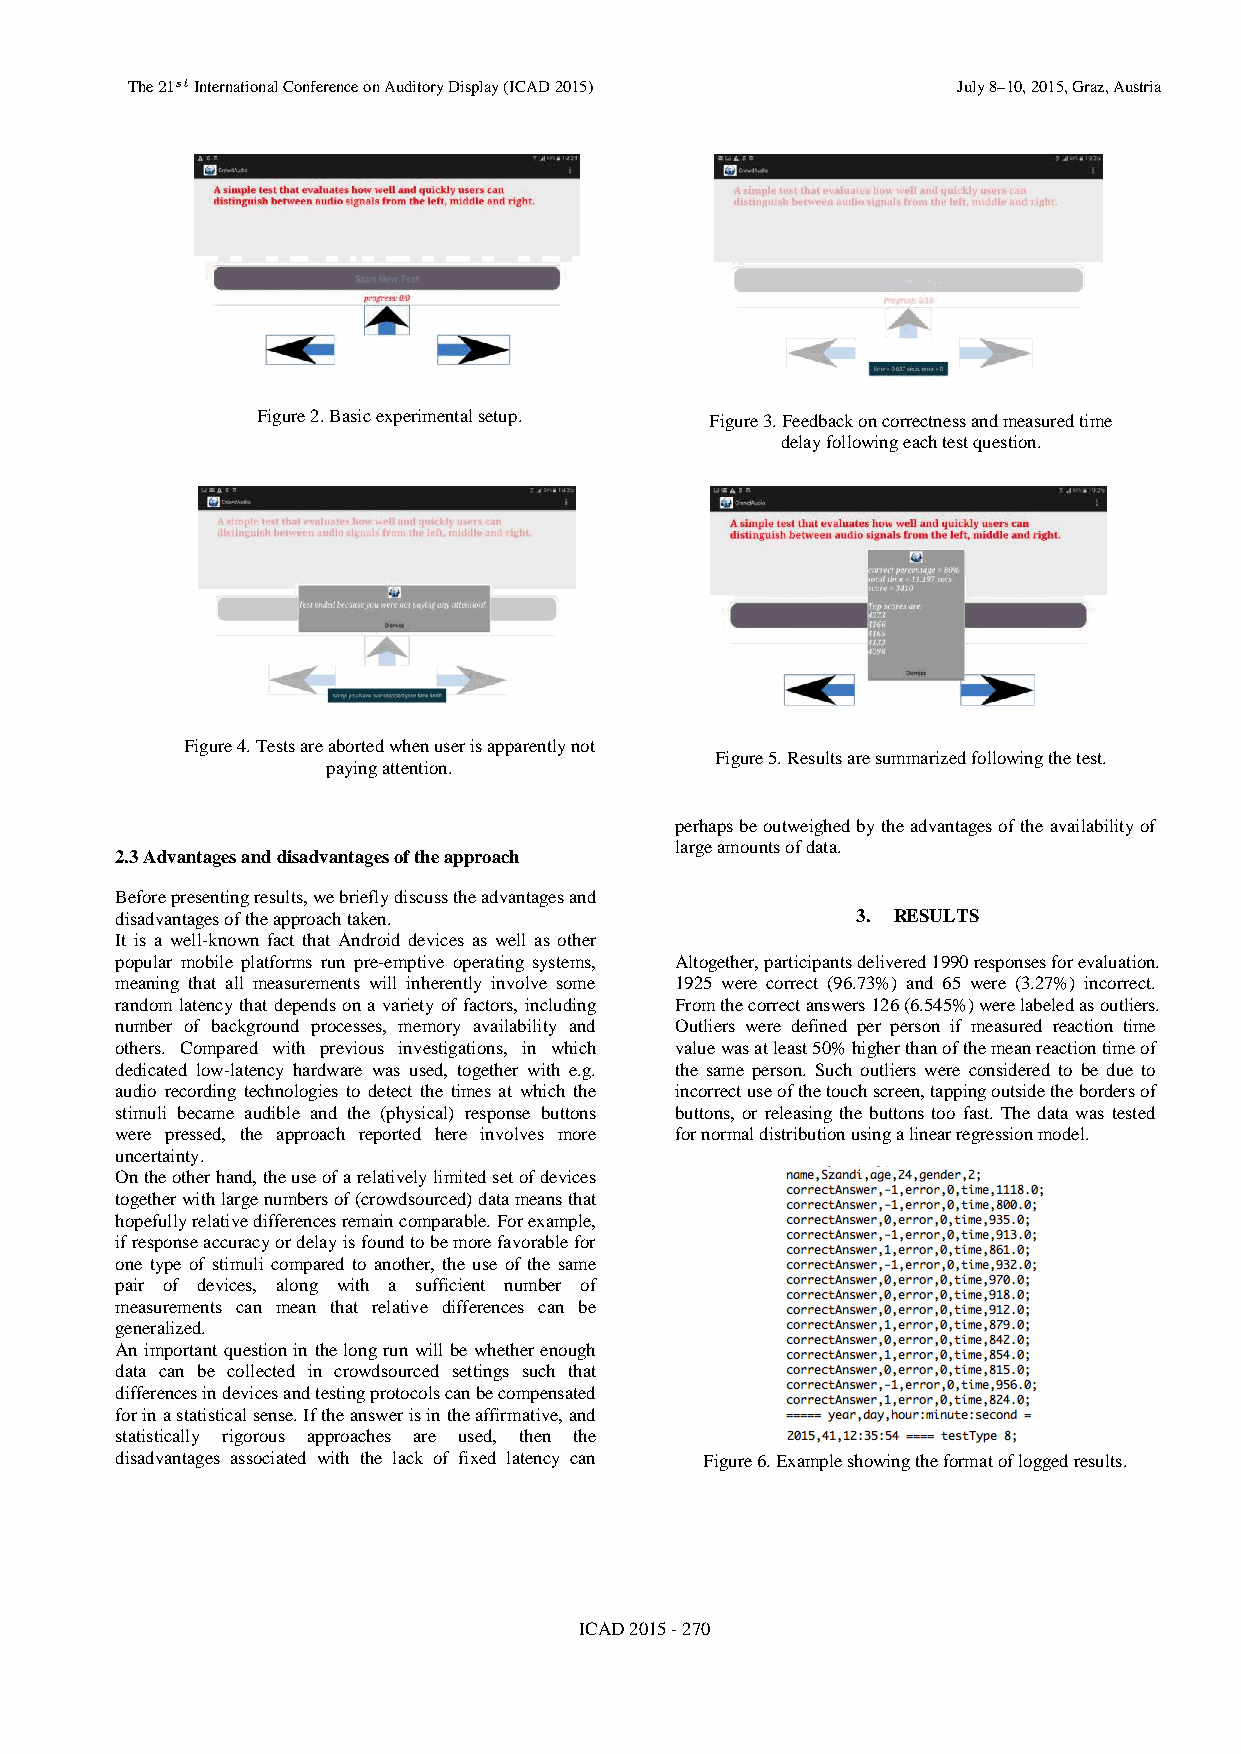
ThTeh2e 12s1tst IInntteerrnnaattiioonnaallC Coonnffeerreenncceeo onnA AuudditiotorryyD Diisspplalayy( (IICCAADD2-2001155)) JJuullyy 88–-1100,, 22001155,, GGrraazz,, AAuussttrriiaa
 Figure 2. Basic experimental setup. Figure 3. Feedback on correctness and measured time
 delay following each test question.
 Figure 4. Tests are aborted when user is apparently not
 Figure 5. Results are summarized following the test.
 paying attention.
 perhaps be outweighed by the advantages of the availability of
 large amounts of data.
 2.3 Advantages and disadvantages of the approach
 Before presenting results, we briefly discuss the advantages and
 disadvantages of the approach taken.             3. RESULTS
 It is a well-known fact that Android devices as well as other
 popular mobile platforms run pre-emptive operating systems, Altogether, participants delivered 1990 responses for evaluation.
 meaning that all measurements will inherently involve some 1925 were correct (96.73%) and 65 were (3.27%) incorrect.
 random latency that depends on a variety of factors, including From the correct answers 126 (6.545%) were labeled as outliers.
 number of background processes, memory availability and Outliers were defined per person if measured reaction time
 others. Compared with previous investigations, in which value was at least 50% higher than of the mean reaction time of
 dedicated low-latency hardware was used, together with e.g. the same person. Such outliers were considered to be due to
 audio recording technologies to detect the times at which the incorrect use of the touch screen, tapping outside the borders of
 stimuli became audible and the (physical) response buttons buttons, or releasing the buttons too fast. The data was tested
 were pressed, the approach reported here involves more for normal distribution using a linear regression model.
 uncertainty.
 On the other hand, the use of a relatively limited set of devices
 together with large numbers of (crowdsourced) data means that
 hopefully relative differences remain comparable. For example,
 if response accuracy or delay is found to be more favorable for
 one type of stimuli compared to another, the use of the same
 pair of devices, along with a sufficient number of
 measurements can mean that relative differences can be
 generalized.
 An important question in the long run will be whether enough
 data can be collected in crowdsourced settings such that
 differences in devices and testing protocols can be compensated
 for in a statistical sense. If the answer is in the affirmative, and
 statistically rigorous approaches are used, then the
 disadvantages associated with the lack of fixed latency can Figure 6. Example showing the format of logged results.
 ICAD2015-270